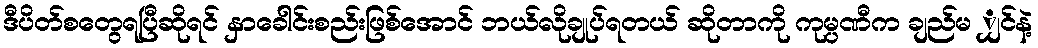
ဒီပိတ်စတွေရပြီဆိုရင် နှာခေါင်းစည်းဖြစ်အောင် ဘယ်လိုချုပ်ရတယ် ဆိုတာကို ကုမ္ပဏီက ချည်မ ျှင်နဲ့